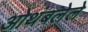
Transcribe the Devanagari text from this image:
ओथंबलेले